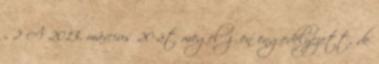
„ 2 A 2013. március 20-át megelőzően engedélyezett, de